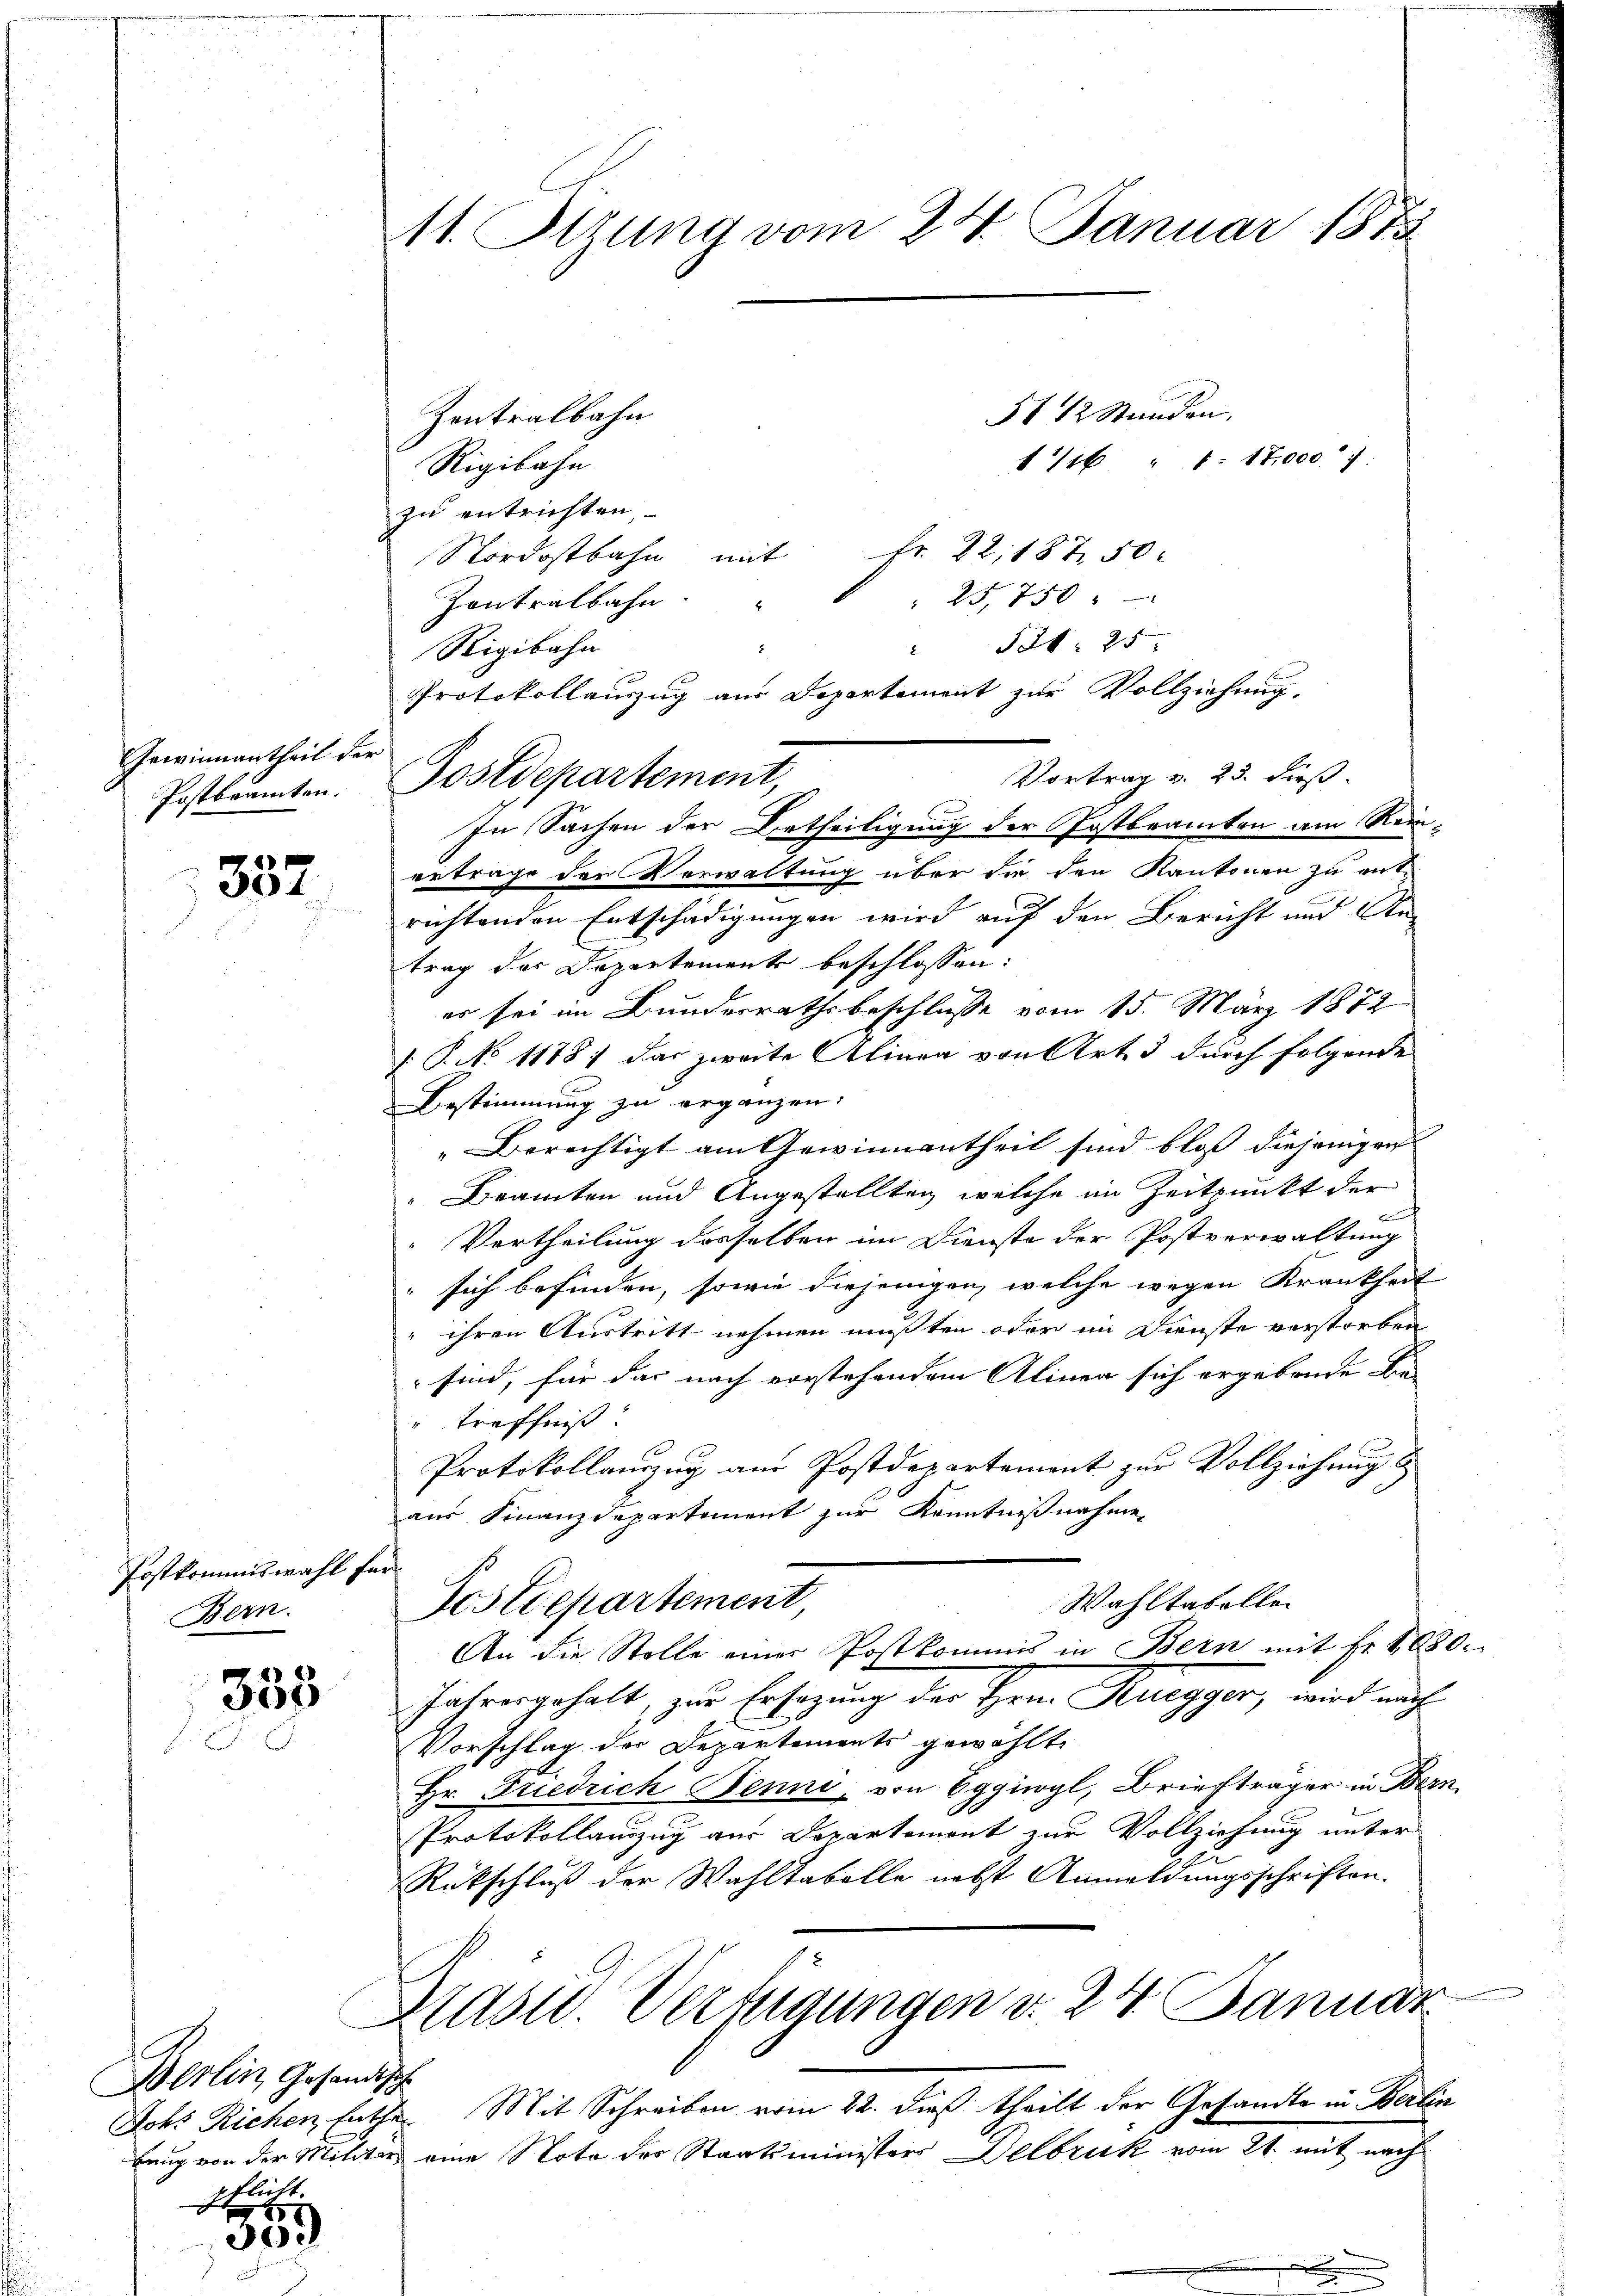
Gewinnantheil der
Postbranten.

337

Postkommiswahl fe
Bern.

333

Berlin Gesandtsch
M

300

.
11. Sitzung vom 25. Januar 1873

Zentralbahn
Rigibahn
zu entrichten,
Nordostbahn mit Fr. 22, 187. 50
25,750
Zontralbahn.
.
" 521. 25
Rigibahn
Protokollauszug aus Departement zur Vollziehung,
Vortrag v. 23. dieß.
ertrage der Verwaltung über die den Kantonen zu ent-
richtenden Entschädigungen wird auf den Bericht und An-
trag der Departements beschlossen:
er sei im Bunderrathsbeschlusse vom 15. März 1872
 P. No 11787 das zweite Alinea von Art. 5 durch folgende
Bestimmung zu ergänzen.
Berechtigt am Gewinnantheil sind bloss diejenigen |
Beamten und Angestellten, welche im Zeitpunkt der
Vertheilung desselben im Dienste der Postverwaltung
sich befinden, sowie diejenigen, welche wegen Krankheit
ihren Austritt nehmen mussten oder im Dienste verstorben
 sind, für das nach vorstehendem Alinen sich ergebende Be-
treffniß
Protokollauszug aus Postdepartement zur Vollziehung
aus Finanzdepartement zur Kenntnißnahme
Wahltabellen
Postdepartement,
An die Stelle einer Postkommis in Bern mit Fr. 400
Jahrengehalt, zur Ersagung der Hrrn. Ruegger, wird nich
Vorschlag der Departements gewählt,
Hr. Friedrich Benni, von Eggiwyl, Briefträger in Ber-
Protokollanzug aus Departement zur Vollziehung unter
Rückschluß der Wahltabelle nebst Anmeldungsschriften.
Mast. Verfügungen v. 24. Januar
Ichs Richen Rathe Mit Schreiben vom 22. dieß theilt der Gesandte in Bertbung von der Militar eine Note der Staatsministers Delbruk vom 21. mit nach

Sostdepartement,
In Sachen der Betheiligung der Postbeamten am Rein¬

31 12 Stunden.

1/6 " 1: 17,000 f:

r